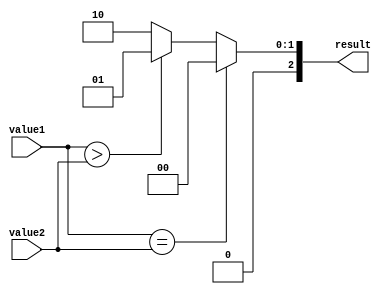
module comparator(
    input [31:0] value1,
    input [31:0] value2,
    output reg [2:0] result
);

always @* begin
    result = 3'b000; //initialize result to 000

    //compare each bit of the two input values
    //cascaded logic blocks
    if(value1 == value2) begin
        result = 3'b000; //values are equal
    end
    else if(value1 > value2) begin
        result = 3'b001; //value1 is greater than value2
    end
    else begin
        result = 3'b010; //value1 is less than value2
    end
end

endmodule